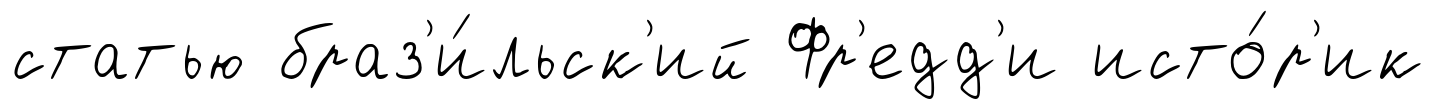
статью браз'и́льск'ий Фр'едд'и исто́р'ик